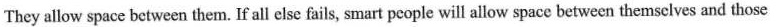
They allow space between them. If all else fails, smart people will allow space between themselves and those